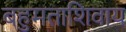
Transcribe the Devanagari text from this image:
बहुमताशिवाय